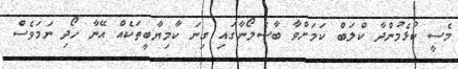
މެސީ ކުޅެމުންދާ ކްލަބް ކަމަށްވާ ބާސެލޯނާގައި ގިނަ ކާމިޔާބީތަކެއް އޭނާ ހޯދި ނަމަވެސް